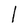
Character: I